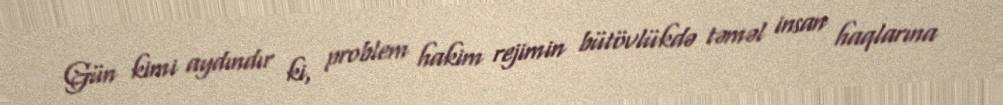
Gün kimi aydındır ki, problem hakim rejimin bütövlükdə təməl insan haqlarına